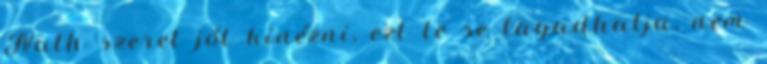
Nath szeret jól kinézni, ezt le se tagadhatja, nem